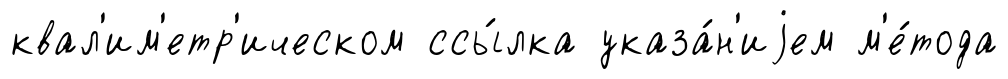
квал'им'етр'ическом ссы́лка указа́н'иjем м'е́тода